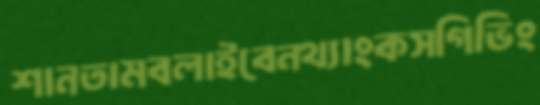
শানতামবলাইবেনথ্যাংকসগিভিং